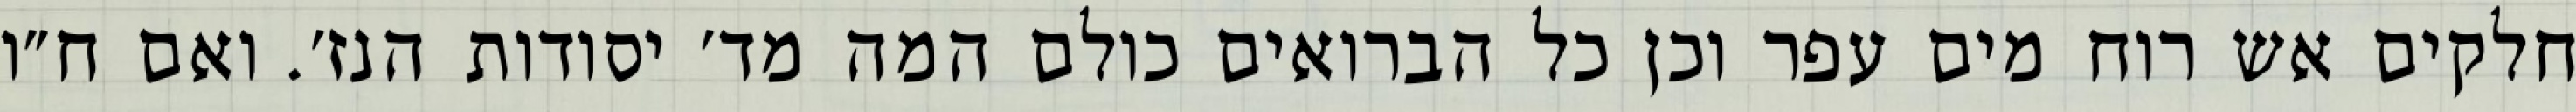
חלקים אש רוח מים עפר וכן כל הברואים כולם המה מד׳ יסודות הנז׳. ואם ח״ו